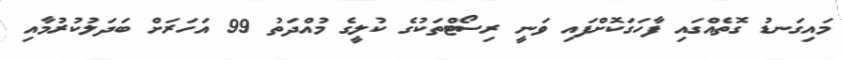
މައިގަނޑު ގޮތެއްގައި ފާހަގަކޮށްފައި ވަނީ ރިސޯޓްތަކުގެ ކުލީގެ މުއްދަތު 99 އަހަރަށް ބަދަލުކުރުމާއި